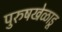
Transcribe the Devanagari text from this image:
पुरुषखेळाडू